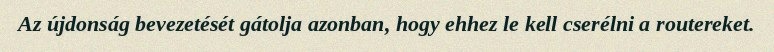
Az újdonság bevezetését gátolja azonban, hogy ehhez le kell cserélni a routereket.